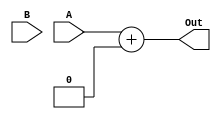
`timescale 1ns / 1ps

module Adder2(A,B,Out);
	input [63:0] A;
	input [63:0] B;
	output[63:0] Out;
	//Shift left 2
	assign B = B << 2;
	assign Out = A + B;
endmodule